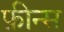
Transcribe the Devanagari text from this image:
फ़ीन्स